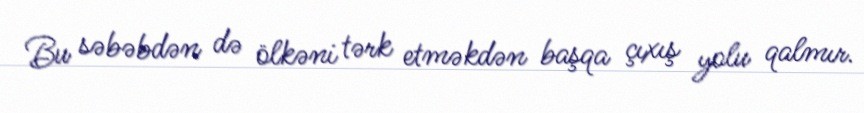
Bu səbəbdən də ölkəni tərk etməkdən başqa çıxış yolu qalmır.